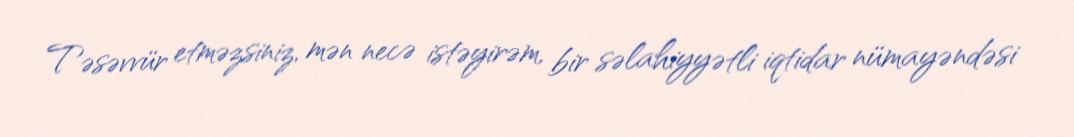
Təsəvvür etməzsiniz, mən necə istəyirəm, bir səlahiyyətli iqtidar nümayəndəsi